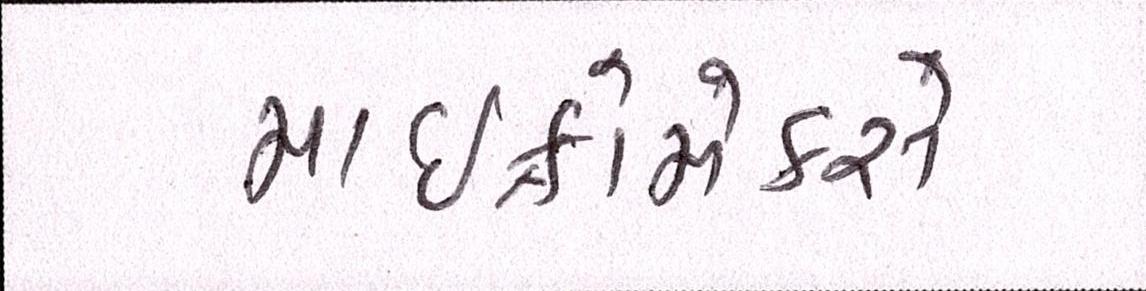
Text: માઈક્રોમેક્સે